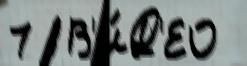
7  В'И́Д'ЕО